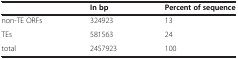
<table><thead><tr><td><b> </b></td><td><b>In bp</b></td><td><b>Percent of sequence</b></td></tr></thead><tbody><tr><td>non-TE ORFs</td><td>324923</td><td>13</td></tr><tr><td>TEs</td><td>581563</td><td>24</td></tr><tr><td>total</td><td>2457923</td><td>100</td></tr></tbody></table>